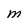
Character: M